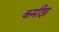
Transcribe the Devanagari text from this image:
कमीझ